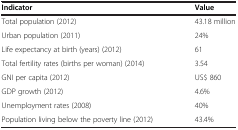
| Indicator | Value |
 | --- | --- |
 | Total population (2012) | 43.18 million |
 | Urban population (2011) | 24% |
 | Life expectancy at birth (years) (2012) | 61 |
 | Total fertility rates (births per woman) (2014) | 3.54 |
 | GNI per capita (2012) | US$ 860 |
 | GDP growth (2012) | 4.6% |
 | Unemployment rates (2008) | 40% |
 | Population living below the poverty line (2012) | 43.4% |